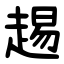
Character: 䞶